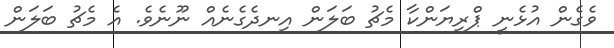
ވެގެން އުޅެނީ ޕްރިޔަންކާ މެޗު ބަލަން އިނދެގެނެއް ނޫނެވެ. އެ މެޗު ބަލަން